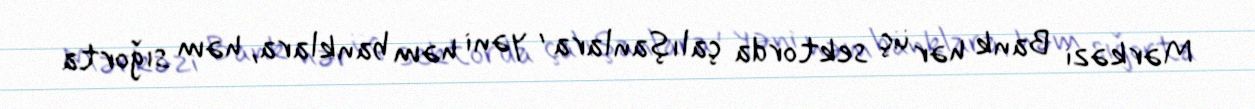
Mərkəzi Bank hər üç sektorda çalışanlara , yəni həm banklara, həm sığorta